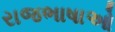
રાજભાષાઓ